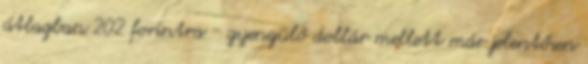
átlagban 202 forintra - gyengülő dollár mellett már jelentősen